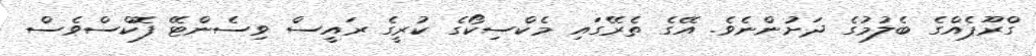
ގްރޫޕެއްގެ ބެލުމުގެ ދަށުންނެވެ. އޭގެ ތެރޭގައި މެކްސިކޯގެ ކުރީގެ ރައީސް ވިސެންޓޭ ފޮކްސްވެސް